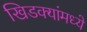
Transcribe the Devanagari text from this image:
खिडक्यांमध्ये